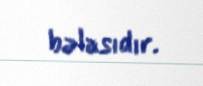
bəlasıdır.